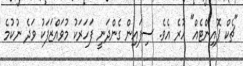
"ޗެކް ޕޮއިންޓެއް" ހުރެ އެވެ. ސިފައިން ގެންދަނީ ފަހަރަކު މުވައްޒަފަކު ވަދެ ނުކުމެ